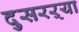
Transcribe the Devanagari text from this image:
दुसरऱ्या